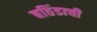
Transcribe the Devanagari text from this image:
बठिंडाची